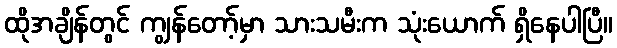
ထိုအချိန်တွင် ကျွန်တော့်မှာ သားသမီးက သုံးယောက် ရှိနေပါပြီ။